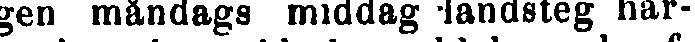
gen måndags middag landsteg har-